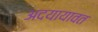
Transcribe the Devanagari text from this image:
अदयायावत